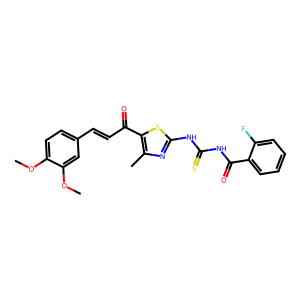
SMILES: COc1ccc(C=CC(=O)c2sc(NC(=S)NC(=O)c3ccccc3F)nc2C)cc1OC
Inhibits HIV replication: No